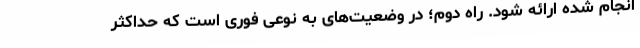
انجام شده ارائه شود. راه دوم؛ در وضعیت‌های به نوعی فوری است که حداکثر